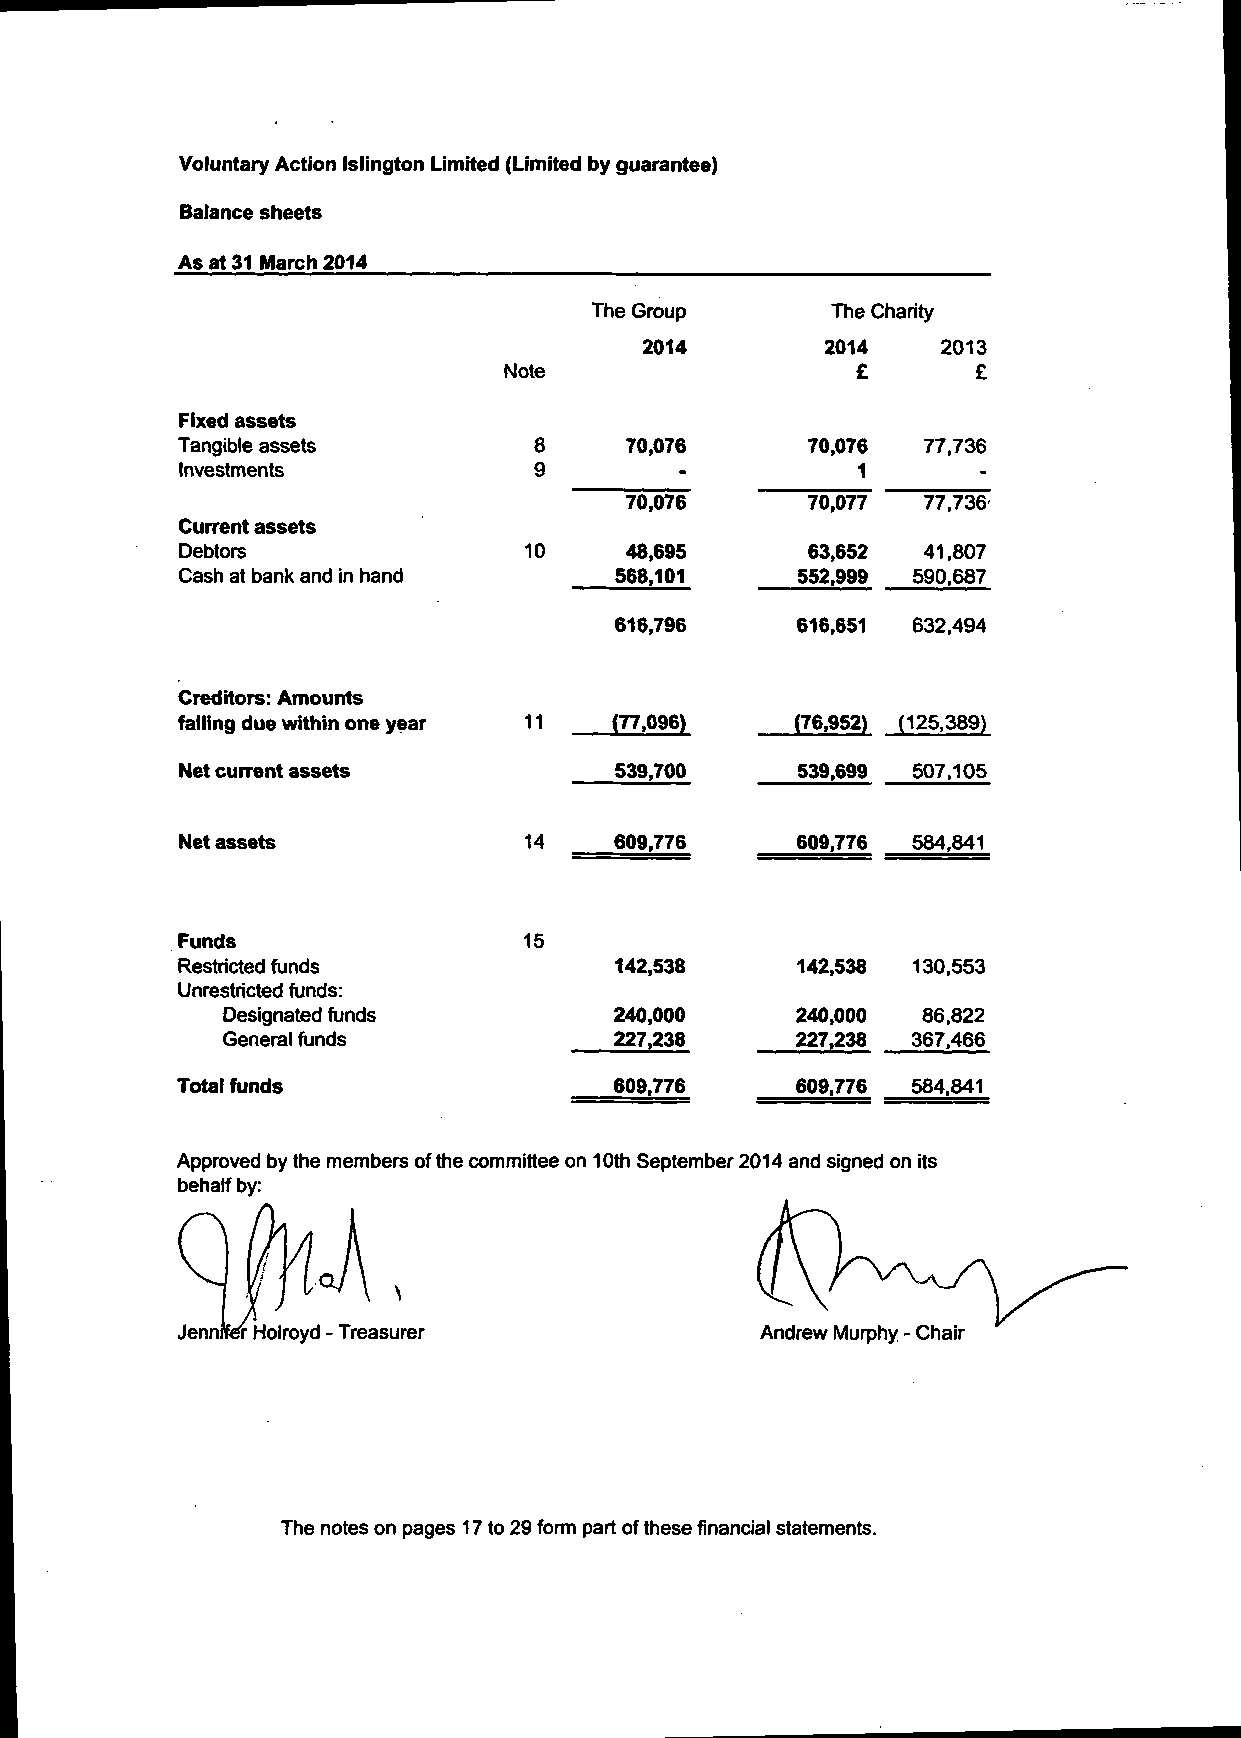
Voluntary Action Islington Limited (Limited by guarantee)
 Balance sheets
 As at 31 March 2014
 The Group       The Charity
 2014        2014   2013
 Note                    £      £
 Fixed assets
 Tangible assets        8     70,076       70,076 77,736
 Investments            9                     1       -
 70,076       70,077 77.736
 Current assets
 Debtors                10     48,695      63,652 41,807
 Cash at bank and in hand     568,101     552,999 590,687
 616,796     616,651 632.494
 Creditors: Amounts
 falling due within one year 11 (77.096)  (76,952) (125,389)
 Net current assets           539,700     539,699 507,105
 Net assets             14    609,776     609,776 584,841
 Funds                 15
 Restricted funds             142,538     142,538 130,553
 Unrestricted funds:
 Designated funds          240,000     240,000 86.822
 General funds             227,238     227,238 367.466
 Total funds                  609.776     609,776 584.841
 Approved by the members of the committee on 10th September 2014 and signed on its
 behalf by:
 The notes on pages 17 to 29 form part of these financial statements.